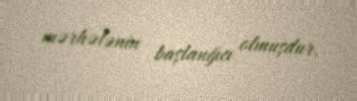
mərhələnin başlanğıcı olmuşdur.